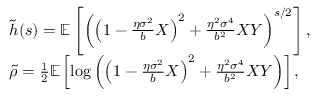
\begin{array} { r l } & { \tilde { h } ( s ) = \mathbb { E } \left[ \left( \left( 1 - \frac { \eta \sigma ^ { 2 } } { b } X \right) ^ { 2 } + \frac { \eta ^ { 2 } \sigma ^ { 4 } } { b ^ { 2 } } X Y \right) ^ { s / 2 } \right] , } \\ & { \tilde { \rho } = \frac { 1 } { 2 } \mathbb { E } \left[ \log \left( \left( 1 - \frac { \eta \sigma ^ { 2 } } { b } X \right) ^ { 2 } + \frac { \eta ^ { 2 } \sigma ^ { 4 } } { b ^ { 2 } } X Y \right) \right] , } \end{array}